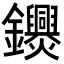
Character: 𨰨